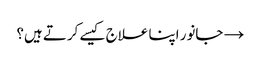
→ جانور اپنا علاج کیسے کرتے ہیں؟